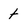
Character: t